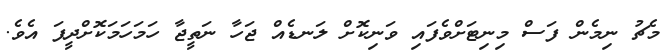
މެޗު ނިމެން ފަސް މިނިޓަށްވެފައި ވަނިކޮށް ލަނޑެއް ޖަހާ ނަތީޖާ ހަމަހަމަކޮށްދީފަ އެވެ.